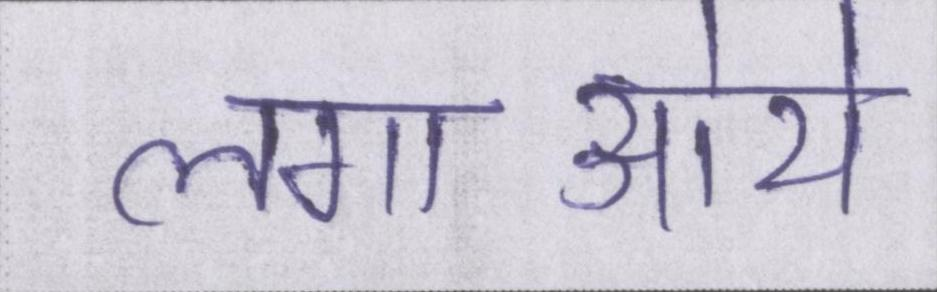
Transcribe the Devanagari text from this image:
लगाऒये